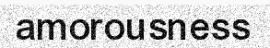
amorousness